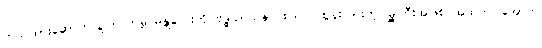
တည်ထားဆောက်လှူကြတာမို့ မန္တလေးကို ဗုဒ္ဓသာသနာ စည်ပင်ထွန်းကားတဲ့ မြို့ကြီးအဖြစ် အထက်၊ အောက်